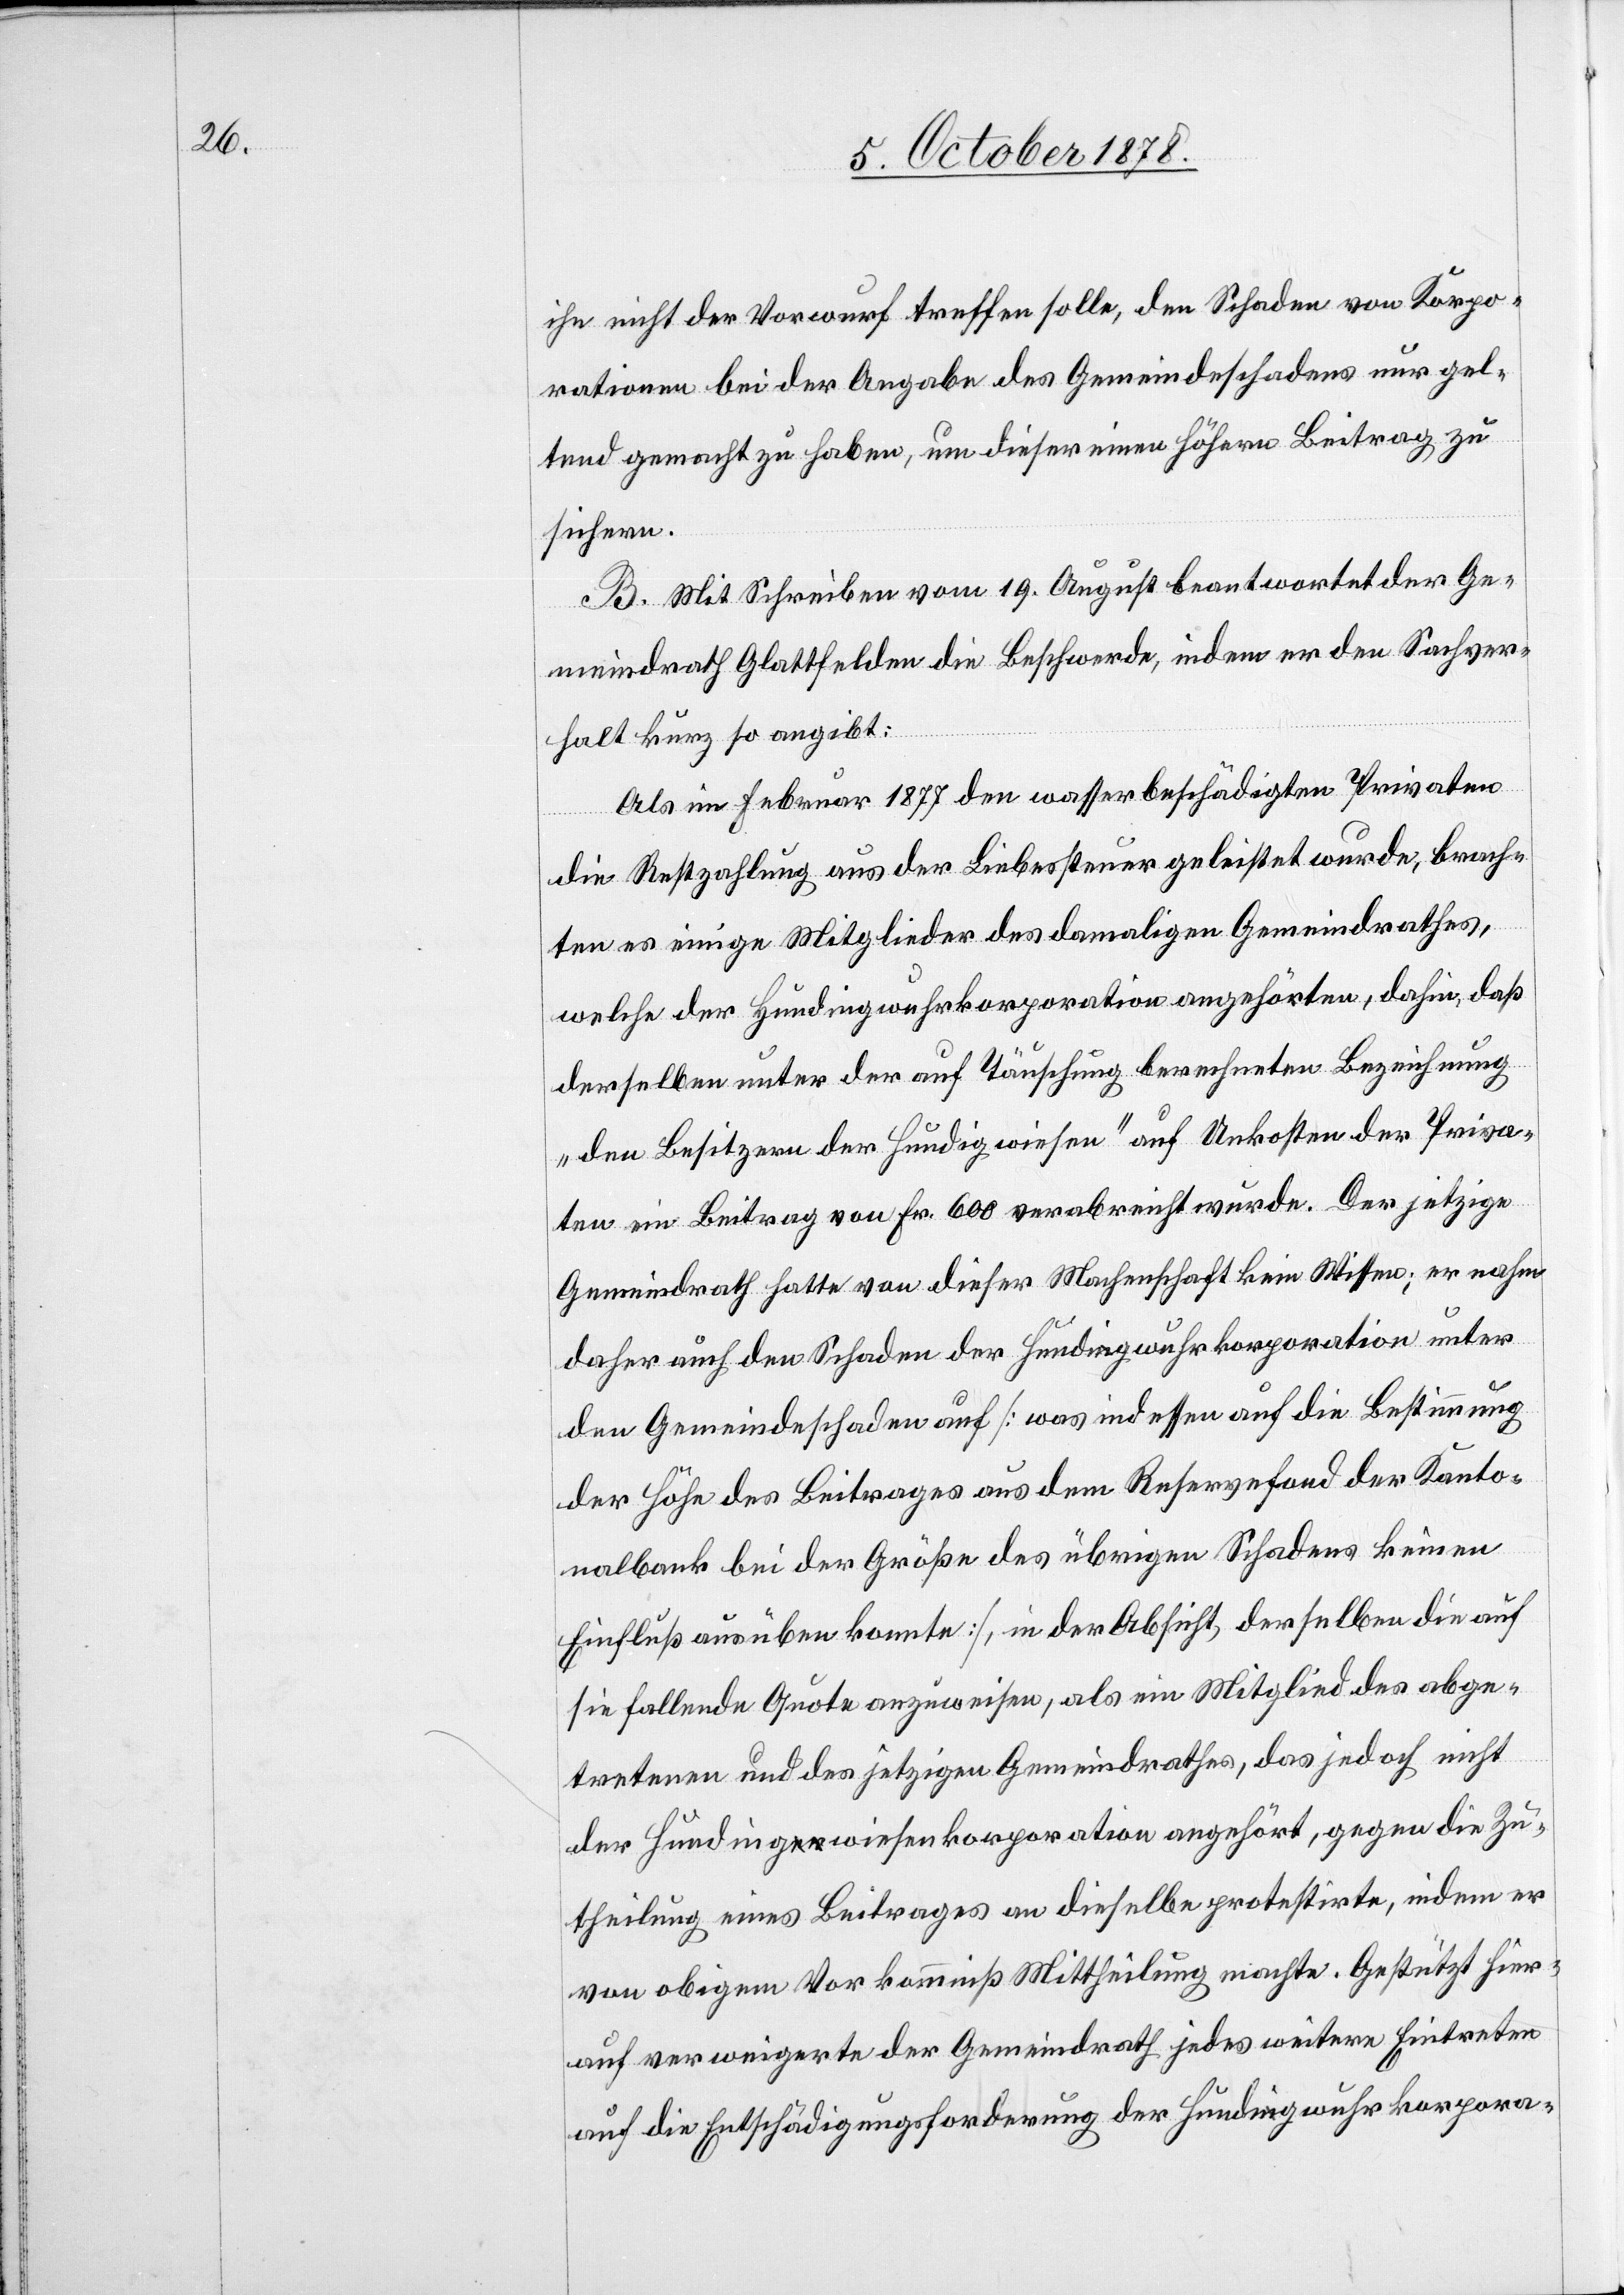
ihn nicht der Vorwurf treffen solle, den Schaden von Korpo¬
rationen bei der Angabe des Gemeindeschadens nur gel¬
tend gemacht zu haben, um dieser einen höhern Beitrag zu
sichern.
B. Mit Schreiben vom 19. August beantwortet der Ge¬
meindrath Glattfelden die Beschwerde, indem er den Sachver¬
halt kurz so angibt:
Als im Februar 1877 den wasserbeschädigten Privaten
die Restzahlung aus der Liebessteuer geleistet wurde, brach¬
ten es einige Mitglieder des damaligen Gemeindrathes,
welche der Hundigwuhrkorporation angehörten, dahin, daß
derselben unter der auf Täuschung berechneten Bezeichnung
„den Besitzern der Hundigwiesen“ auf Unkosten der Priva¬
ten ein Beitrag von Fr. 600 verabreicht wurde. Der jetzige
Gemeindrath hatte von dieser Machenschaft kein Wissen; er nahm
daher auch den Schaden der Hundigwuhrkorporation unter
den Gemeindeschaden auf [was indessen auf die Bestimmung
der Höhe des Beitrages aus dem Reservefond der Kanto¬
nalbank bei der Größe des übrigen Schadens keinen
Einfluß ausüben konnte], in der Absicht, derselben die auf
sie fallende Quote anzuweisen, als ein Mitglied des abge¬
tretenen und des jetzigen Gemeindrathes, das jedoch nicht
der Hundigwiesenkorporation angehört, gegen die Zu¬
theilung eines Beitrages an dieselbe protestirte, indem er
von obigem Vorkommniß Mittheilung machte. Gestützt hier¬
auf verweigerte der Gemeindrath jedes weitere Eintreten
auf die Entschädigungsforderung der Hundigwuhrkorpora-